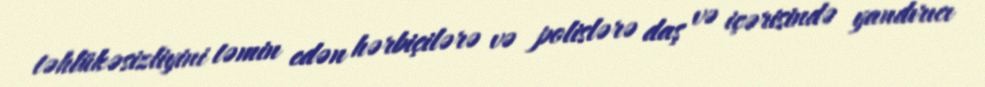
təhlükəsizliyini təmin edən hərbiçilərə və polislərə daş və içərisində yandırıcı